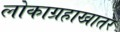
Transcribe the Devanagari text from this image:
लोकाग्रहाखातर